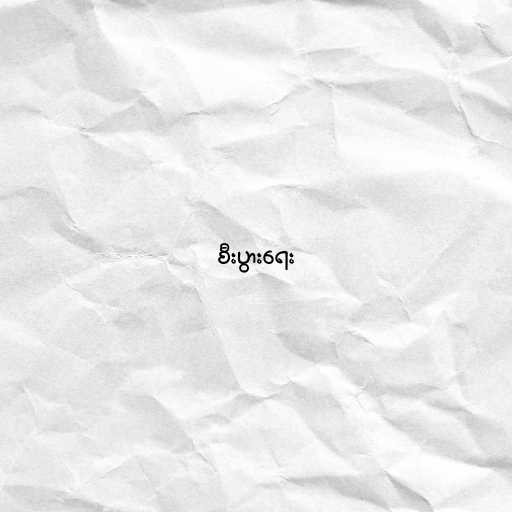
စီးပွားရေး